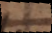
e